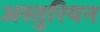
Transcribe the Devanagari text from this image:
अस्तुरियन